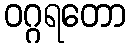
ဝဂ္ဂရတော